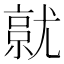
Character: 𡰔